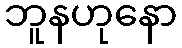
ဘူနဟုနော